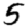
Digit: 5